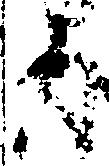
内